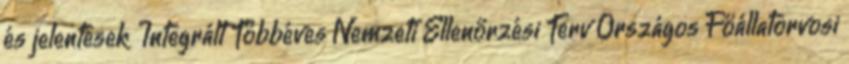
és jelentések Integrált Többéves Nemzeti Ellenőrzési Terv Országos Főállatorvosi